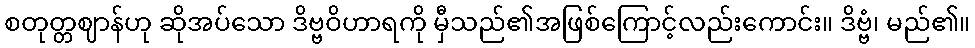
စတုတ္တဈာန်ဟု ဆိုအပ်သော ဒိဗ္ဗဝိဟာရကို မှီသည်၏အဖြစ်ကြောင့်လည်းကောင်း။ ဒိဗ္ဗံ၊ မည်၏။